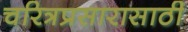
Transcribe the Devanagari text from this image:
चरित्रप्रसारासाठी